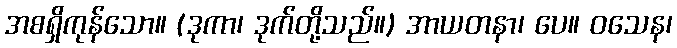
အစရှိကုန်သော။ (ဒုကာ၊ ဒုက်တို့သည်။) အာယတနာ၊ ပေ။ ဝသေန၊